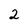
Character: 2